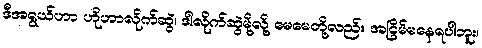
ဒီအရွယ်ဟာ ဟိုဟာလိုက်ဆွဲ၊ ဒါလိုက်ဆွဲမို့လို့ မေမေတို့လည်း အငြိမ်မနေရပါဘူး၊